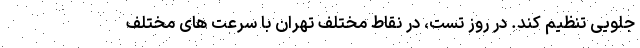
جلویی تنظیم کند. در روز تست، در نقاط مختلف تهران با سرعت های مختلف